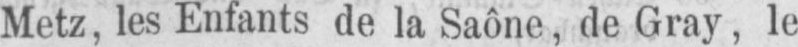
Metz, les Enfants de la Saône, de Gray, le